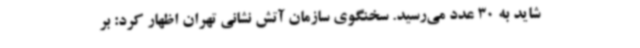
شاید به 30 عدد می‌رسید. سخنگوی سازمان آتش نشانی تهران اظهار کرد: بر